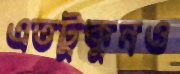
এতটুকুনও